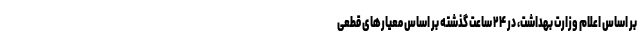
بر اساس اعلام وزارت بهداشت، در ۲۴ ساعت گذشته بر اساس معیارهای قطعی